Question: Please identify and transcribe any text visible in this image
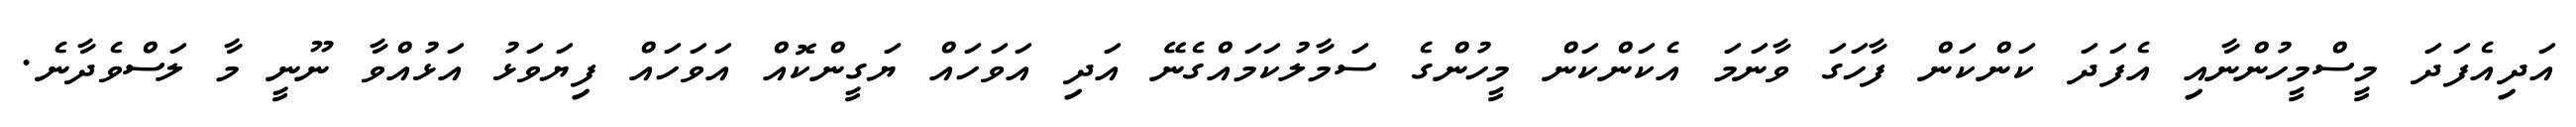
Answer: އަދިއެފަދަ މީސްމީހުންނާއި އެފަދަ ކަންކަން ފާހަގަ ވާނަމަ އެކަންކަން މީހުންގެ ސަމާލުކަމައްގެނޭ އަދި އަވަހައް ޔަގީންކޮއް އަވަހައް ފިޔަވަޅު އަޅުއްވާ ނޫނީ މާ ލަސްވެދާނެ.